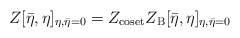
\begin{align*}Z[{\bar \eta},\eta]_ {\eta,\bar\eta=0} =Z_{{\rm coset}}Z_{{\rm B}}[{\bar \eta},\eta] _{\eta,\bar\eta=0}\end{align*}